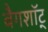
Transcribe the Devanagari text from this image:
बैगशॉट्